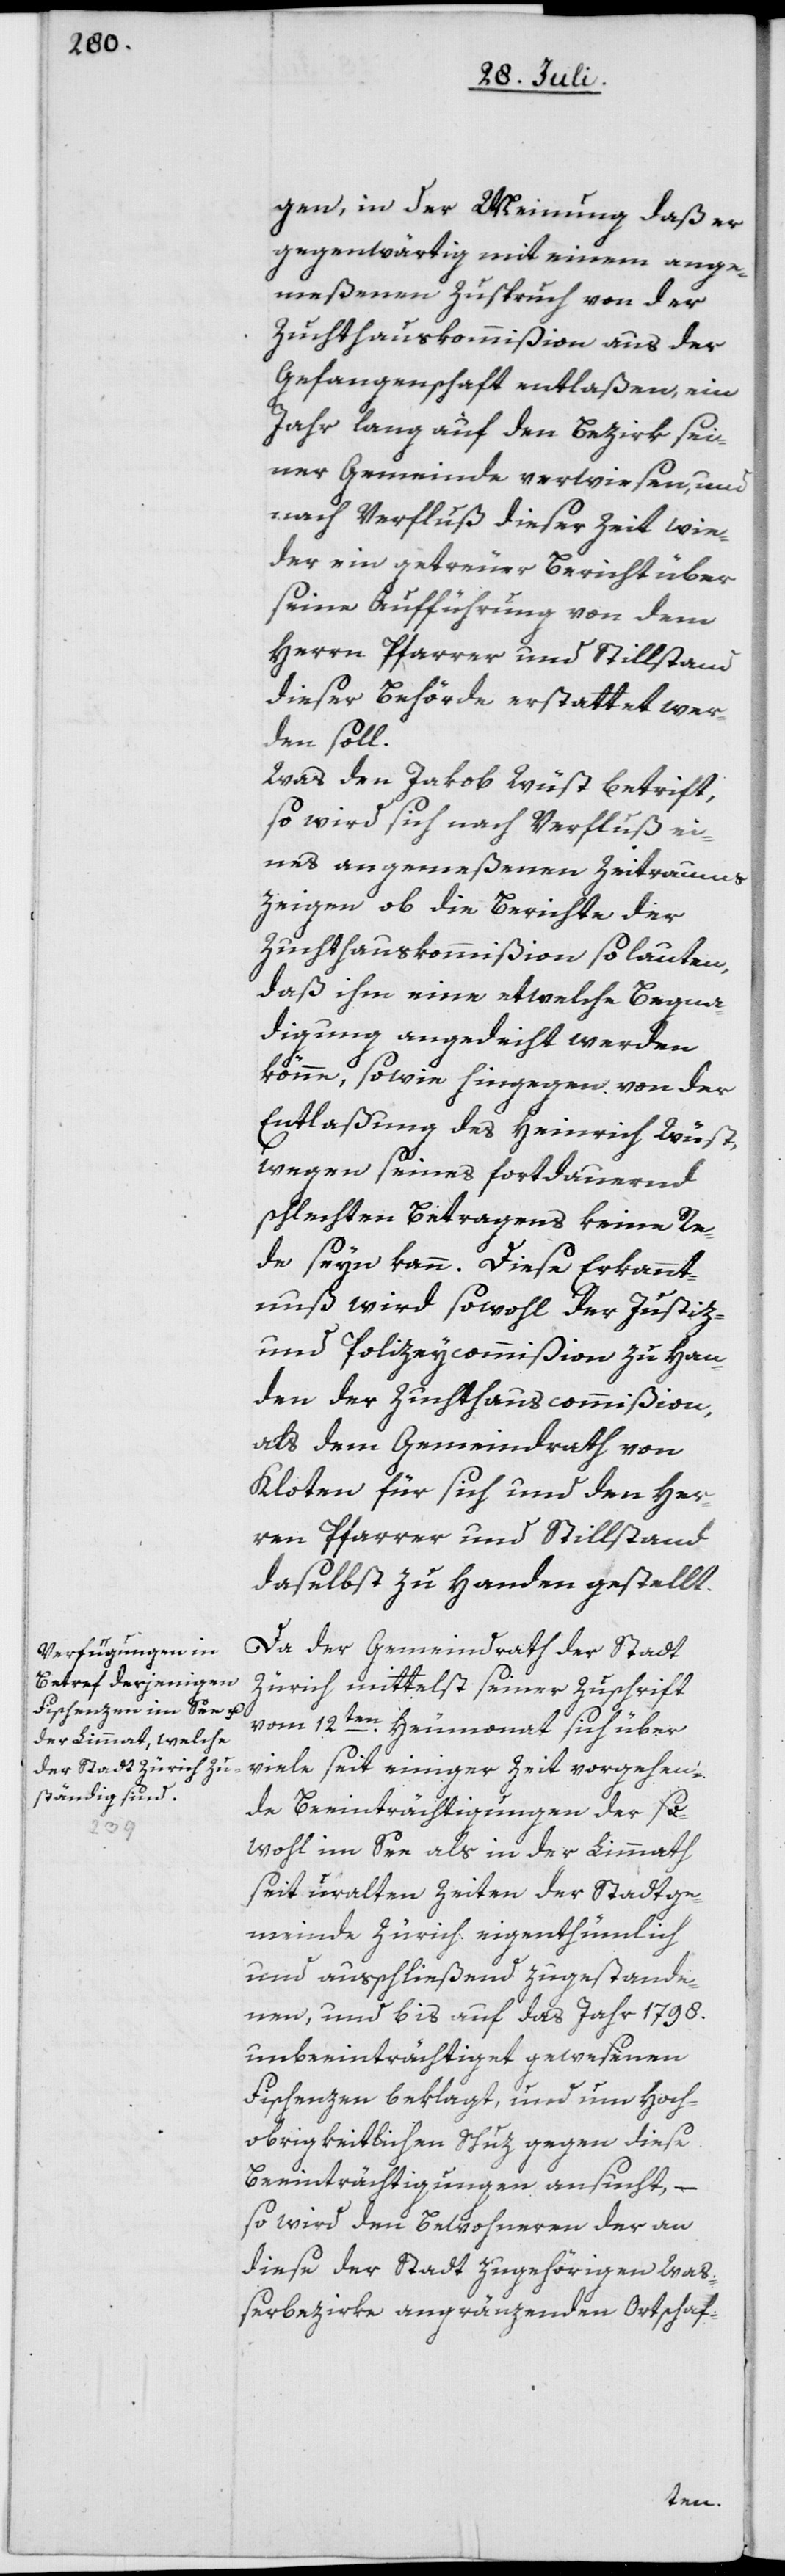
gen, in der Meinung daß er
gegenwärtig mit einem ange¬
meßenen Zuspruch von der
Zuchthauskommißion aus der
Gefangenschaft entlaßen, ein
Jahr lang auf den Bezirk sei¬
ner Gemeinde verwiesen, und
nach Verfluß dieser Zeit wie¬
der ein getreuer Bericht über
seine Aufführung von dem
Herrn Pfarrer und Stillstand
dieser Behörde erstattet wer¬
den soll.
Was den Jakob Wüst betrift,
so wird sich nach Verfluß ei¬
nes angemeßenen Zeitraums
zeigen ob die Berichte der
Zuchthauskommißion so lauten,
daß ihm eine etwelche Begna¬
digung angedeiht werden
könne, sowie hingegen von der
Entlaßung des Heinrich Wüst,
wegen seines fortdauernd
schlechten Betragens keine Re¬
de seyn kann. Diese Erkannt¬
nuß wird sowohl der Justiz-
und Polizeycommißion zu Han¬
den der Zuchthauscommißion,
als dem Gemeindrath von
Kloten für sich und den Her¬
ren Pfarrer und Stillstand
daselbst zu Handen gestellt.
Da der Gemeindrath der Stadt
Zürich mittelst seiner Zuschrift
vom 12ten Heumonat sich über
viele seit einiger Zeit vorgehen¬
de Beeinträchtigungen der so¬
wohl im See als in der Limmath
seit uralten Zeiten der Stadtge¬
meinde Zürich eigenthümlich
und außchließend zugestande¬
nen, und bis auf das Jahr 1798.
unbeeinträchtiget gewesenen
Fischenzen beklagt, und um Hoch¬
obrigkeitlichen Schuz gegen diese
Beeinträchtigungen ansucht, –
so wird den Bewohneren der an
diese der Stadt zugehörigen Waß¬
erbezirke angränzenden Ortschaf-